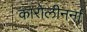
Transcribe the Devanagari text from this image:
कारोलीनर्ना